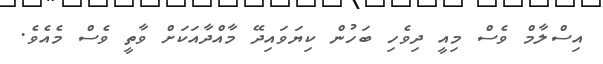
އިސްލާމް ވެސް މިއީ ދިވެހި ބަހުން ކިޔަވައިދޭ މާއްދާއަކަށް ވާތީ ވެސް މެއެވެ.